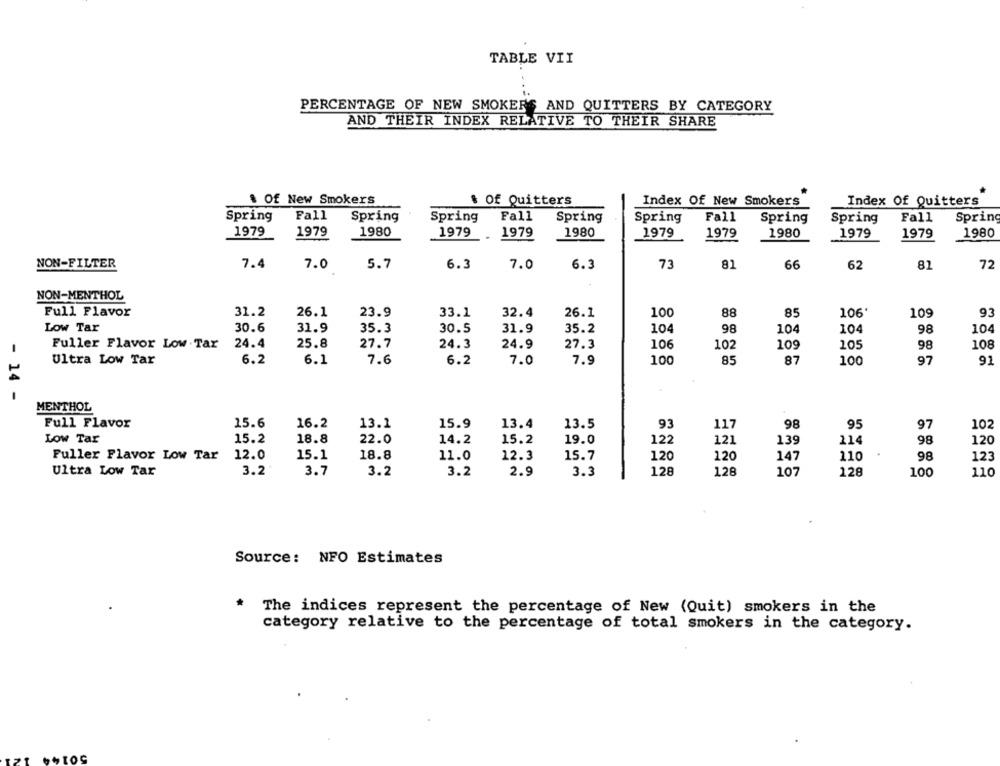
TABLE VII
PERCENTAGE OF NEW SMOKERS AND QUITTERS BY CATEGORY
AND THEIR INDEX RELATIVE TO THEIR SHARE
. Of New Smokers
$ Of Quitters
Index Of New Smokers
Index Of Quitters
Fall
Spring
Spring
Spring
Fall
Spring
Spring
Fall
Spring
Spring
Fall
Spring
1979
1979
1980
1979
..
1979
1980
1979
1979
1980
1979
1979
1980
NON-FILTER
7.4
7.0
5.7
6.3
7.0
6.3
73
81
66
62
81
72
NON-MENTHOL
Full Flavor
31.2
26.1
23.9
33.1
32.4
26.1
100
88
85
106'
109
93
Low Tar
30.6
31.9
35.3
30.5
31.9
35.2
104
98
104
104
98
104
Fuller Flavor Low Tar
24.4
25.8
27.7
24.3
24.9
27.3
106
102
109
105
108
98
Ultra Low Tar
6.2
6.1
7.6
6.2
7.0
7.9
100
85
87
100
97
91
- 14 -
MENTHOL
Full Flavor
15.6
16.2
13.1
15.9
13.4
13.5
93
117
98
95
97
102
LOW Tar
15.2
18.8
22.0
14.2
15.2
19.0
122
121
139
114
98
120
Fuller Flavor Low Tar
12.0
15.1
18.8
11.0
12.3
15.7
120
120
147
110
98
123
Ultra Low Tar
3.2
3.7
3.2
3.2
2.9
3.3
128
128
107
128
100
110
Source: NFO Estimates
The indices represent the percentage of New (Quit) smokers in the
category relative to the percentage of total smokers in the category.